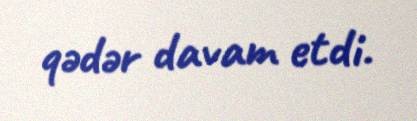
qədər davam etdi.